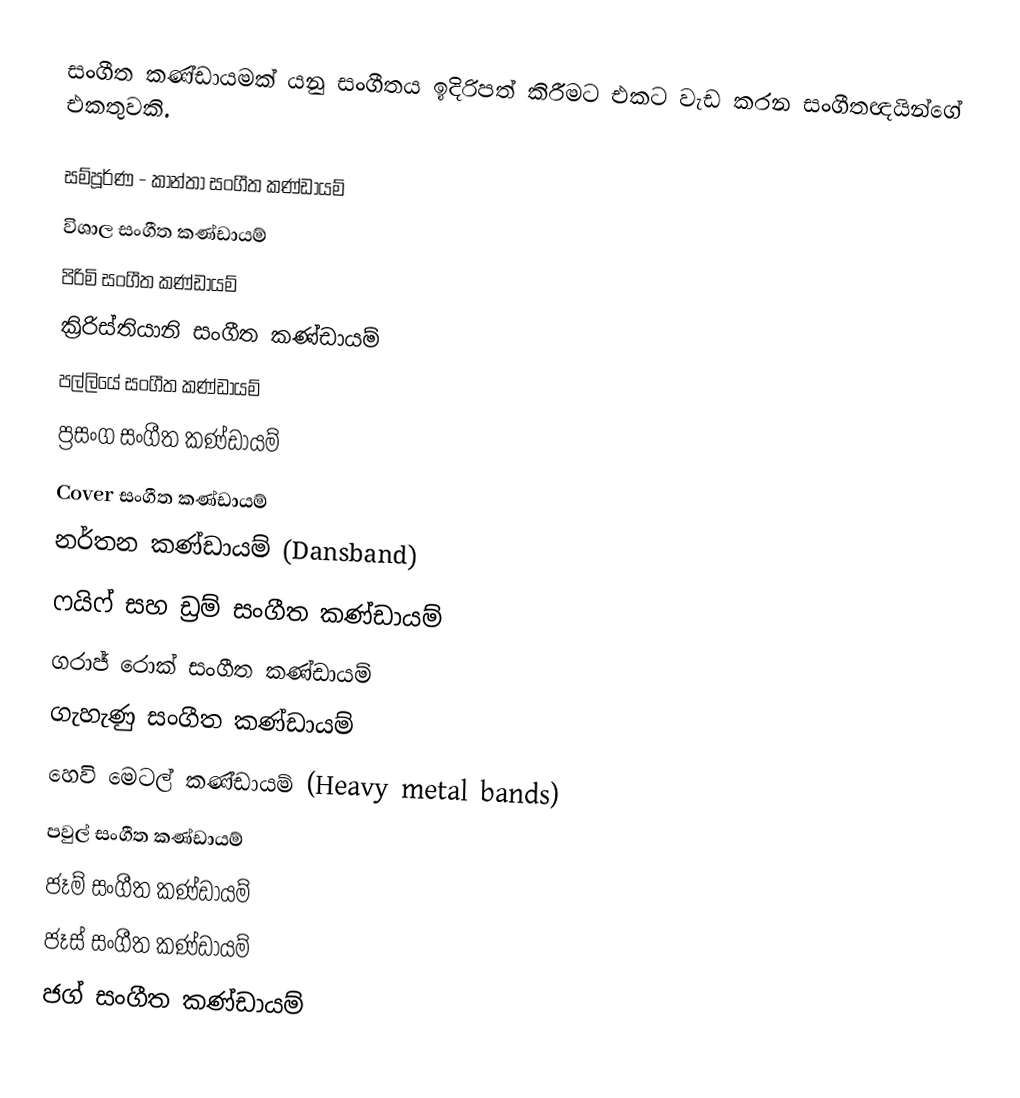
සංගීත කණ්ඩායමක් යනු සංගීතය ඉදිරිපත් කිරීමට එකට වැඩ කරන සංගීතඥයින්ගේ එකතුවකි.

 සම්පූර්ණ - කාන්තා සංගීත කණ්ඩායම්
 විශාල සංගීත කණ්ඩායම්
 පිරිමි සංගීත කණ්ඩායම්
 ක්‍රිරිස්තියානි සංගීත කණ්ඩායම්
 පල්ලියේ සංගීත කණ්ඩායම්
 ප්‍රසංග සංගීත කණ්ඩායම්
 Cover සංගීත කණ්ඩායම්
 නර්තන කණ්ඩායම් (Dansband)
 ෆයිෆ් සහ ඩ්‍රම් සංගීත කණ්ඩායම්
 ගරාජ් රොක් සංගීත කණ්ඩායම්
 ගැහැණු සංගීත කණ්ඩායම්
 හෙවි මෙටල් කණ්ඩායම් (Heavy metal bands)
 පවුල් සංගීත කණ්ඩායම්
 ජෑම් සංගීත කණ්ඩායම්
 ජෑස් සංගීත කණ්ඩායම්
 ජග් සංගීත කණ්ඩායම්